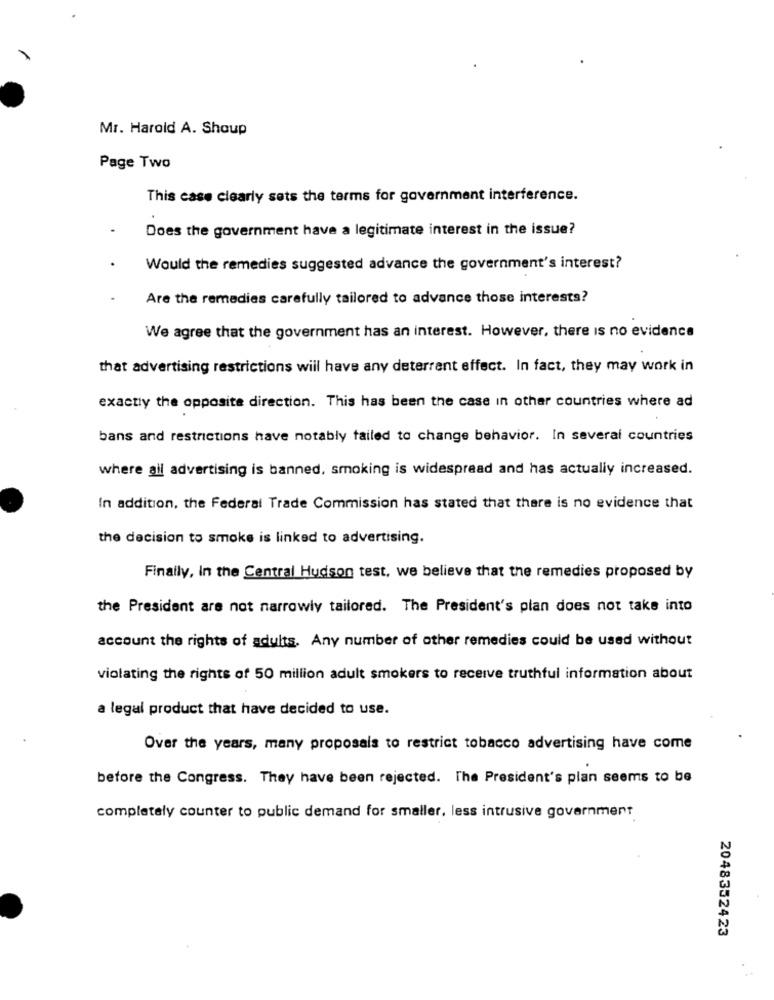
Mr. Harold A. Shoup
Page Two
This case clearly sets the terms for government interference.
Does the government have a legitimate interest in the issue?
Would the remedies suggested advance the government's interest?
Are the remedies carefully tailored to advance those interests?
We agree that the government has an interest. However, there is no evidence
that advertising restrictions will have any deterrent effect. In fact, they may work in
exactly the opposite direction. This has been the case in other countries where ad
bans and restrictions have notably failed to change behavior. In several countries
where ail advertising is banned, smoking is widespread and has actually increased.
In addition, the Federal Trade Commission has stated that there is no evidence that
the decision to smoke is linked to advertising.
Finally, in the Central Hudson test, we believe that the remedies proposed by
the President are not narrowly tailored. The President's plan does not take into
account the rights of adults. Any number of other remedies could be used without
violating the rights of 50 million adult smokers to receive truthful information about
a legal product that have decided to use.
Over the years, many proposals to restrict tobacco advertising have come
before the Congress. They have been rejected. The President's plan seems to be
completely counter to public demand for smaller, less intrusive government
2048352423